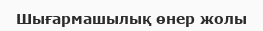
Шығармашылық өнер жолы